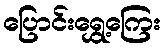
ပြောင်းရွှေ့ကြေး